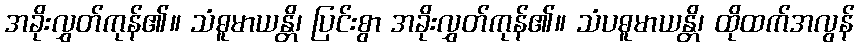
အခိုးလွှတ်ကုန်၏။ သံဓူမာယန္တိ၊ ပြင်းစွာ အခိုးလွှတ်ကုန်၏။ သံပဓူမာယန္တိ၊ ထိုထက်အလွန်